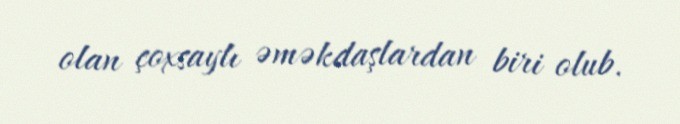
olan çoxsaylı əməkdaşlardan biri olub.